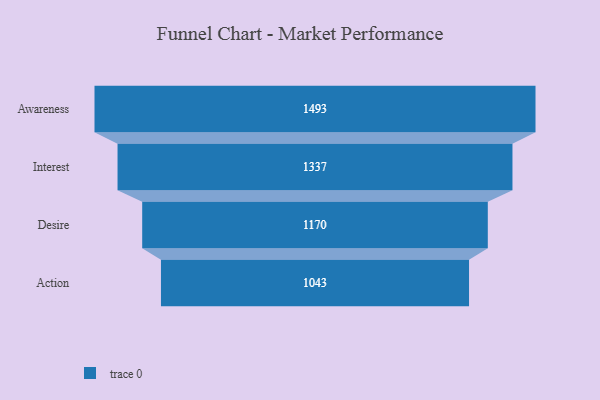
{"axis": {"x": "Stage", "y": "Value"}, "legend": [""], "data": [{"x": "Awareness", "y": 1493.0, "type": ""}, {"x": "Interest", "y": 1337.0, "type": ""}, {"x": "Desire", "y": 1170.0, "type": ""}, {"x": "Action", "y": 1043.0, "type": ""}]}